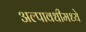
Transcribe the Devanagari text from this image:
अल्पावधीमध्ये